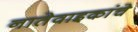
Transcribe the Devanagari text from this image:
नातेवाइकांचे